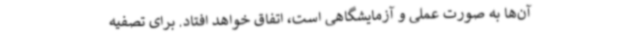
آن‌ها به صورت عملی و آزمایشگاهی است، اتفاق خواهد افتاد. برای تصفیه